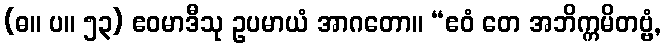
(ဓ။ ပ။ ၅၃) ဧဝမာဒီသု ဥပမာယံ အာဂတော။ “ဧဝံ တေ အဘိက္ကမိတဗ္ဗံ,